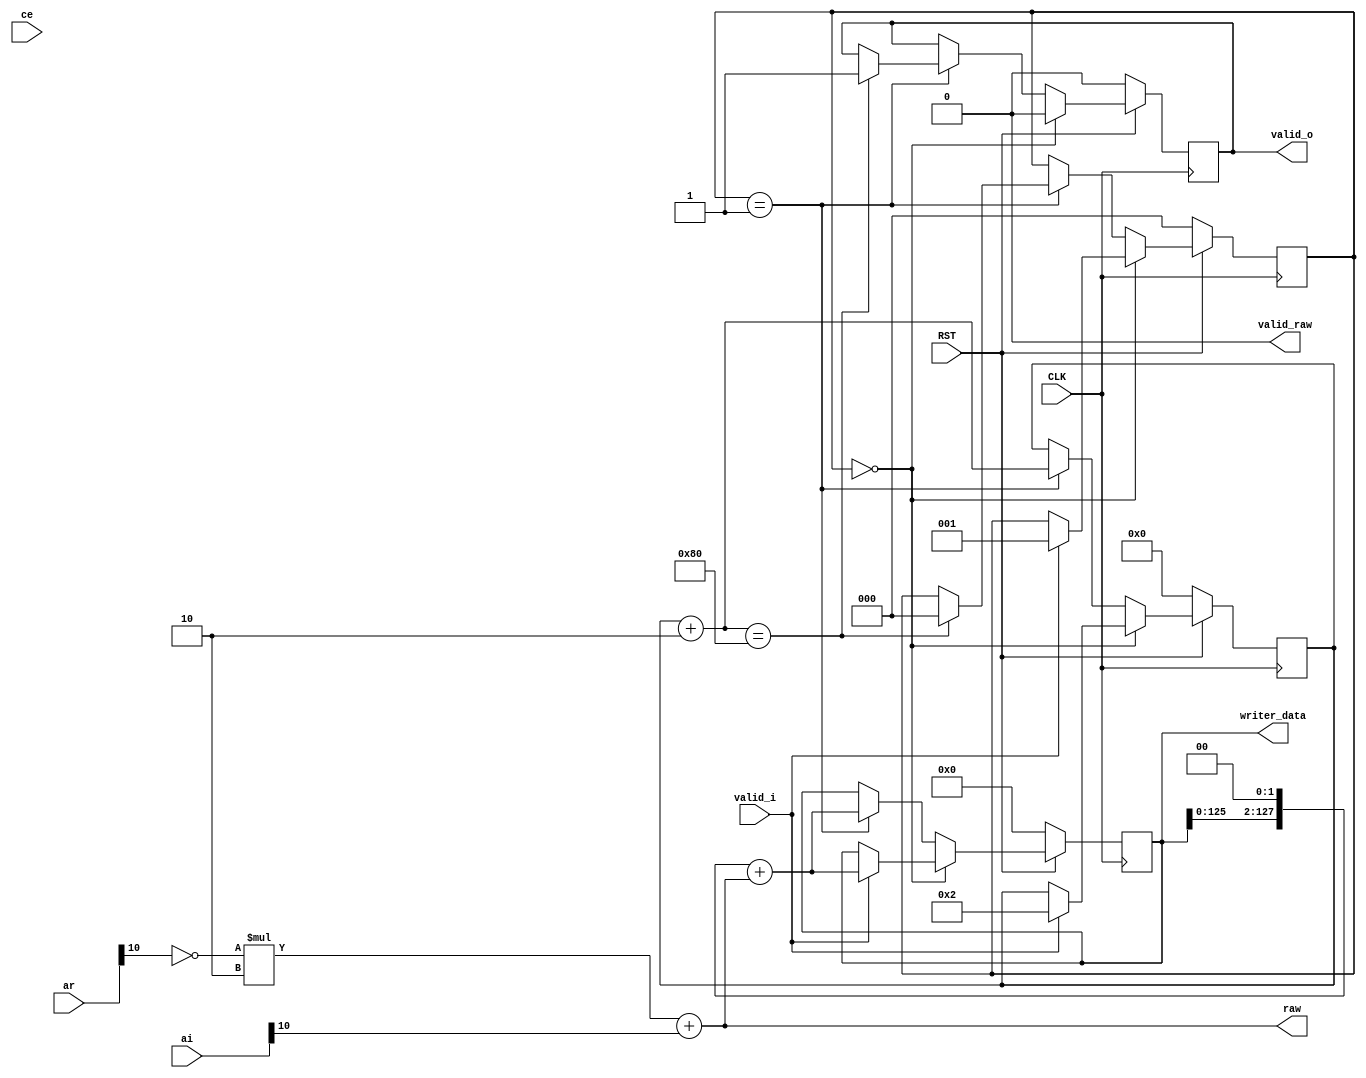

module iqdemap_qpsk 
(
 input               CLK,
 input               RST,

 input               ce,

 input               valid_i,
 input signed [10:0] ar,
 input signed [10:0] ai,

 output              valid_o,
 output [127:0]      writer_data,

 output              valid_raw,
 output [1:0]        raw
 );

reg[7:0] bytes;
reg[127:0] data;
reg valid_output;

reg[2:0] state;

assign valid_o = valid_output;
assign valid_raw = 0;
assign writer_data = data;

assign raw = !ar[10] * 2 + ai[10];

   // -1024: 100 0000 0000 | a10 d10
   // -342 : 110 1010 1010 | a11 d11
   // 341  : 001 0101 0101 | a00 d01
   // 1023 : 011 1111 1111 | a01 d00
   // assign xr = 
   //    data[125] ? 
   //     ( data[127] ? -342 : -1024) :
   //     ( data[127] ?  341 :  1023) ;
   // assign xi =
   //    data[124] ? 
   //     ( data[126] ? -342 : -1024) :
   //     ( data[126] ?  341 :  1023) ;

always @(posedge CLK) begin
   if (!RST) begin
      state <= 0;
      bytes <= 0;
      data = 0;
      valid_output <= 0;
   end else begin
      if(state == 0) begin
         valid_output <= 0;
         if(valid_i) begin
            state = 1;
            bytes <= 2;
            valid_output <= 0;
            data = (data << 2) + raw;
         end
      end else if(state == 1) begin
        //decode
        data = (data << 2) + raw;
        bytes = bytes + 2;
        if(bytes == 128) begin
           valid_output <= 1;
           state <= 0;
        end
      end
   end
end
endmodule